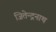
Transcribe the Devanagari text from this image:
जितेन्द्रनाथ